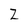
Character: Z